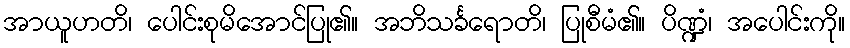
အာယူဟတိ၊ ပေါင်းစုမိအောင်ပြု၏။ အဘိသင်္ခရောတိ၊ ပြုစီမံ၏။ ပိဏ္ဍံ၊ အပေါင်းကို။